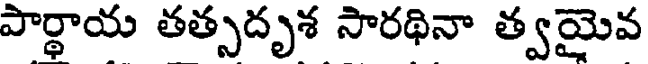
పార్థాయ తత్సదృశ సారథినా త్వమైవ